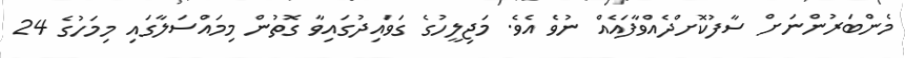
މެންބަރުންނަށް ސާފުކޮށްދެއްވާފައެއް ނުވެ އެވެ. މަޖިލީހުގެ ގަވައިދުގައިވާ ގޮތުން މިމައްސަލާގައި މިމަހުގެ 24